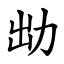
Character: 㔘